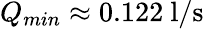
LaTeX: Q_{min}\approx 0.122~\mathrm{l/s}